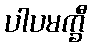
ပါပမက္ခီ